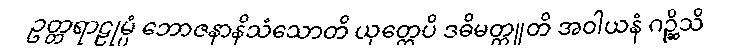
ဥတ္တရာဠုမ္ပံ ဘောဇနာနိသံသောတိ ယုတ္တေပိ ဒဓိမတ္ထူတိ အဝါယနံ ဂဉ္ဆိသိ